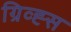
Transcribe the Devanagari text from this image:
ग्रिव्ह्स